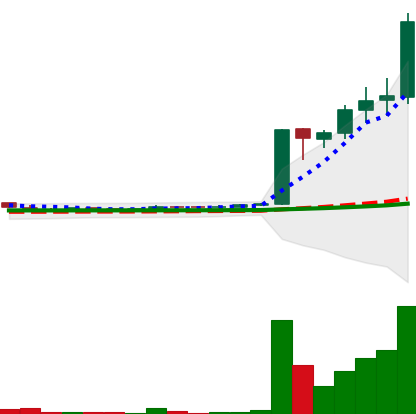
Ticker: LTC-USD
Chart end date: 2017-04-05
Forward return: -19.623%
Label: down_7plus